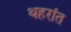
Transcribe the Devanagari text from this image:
थहरांत